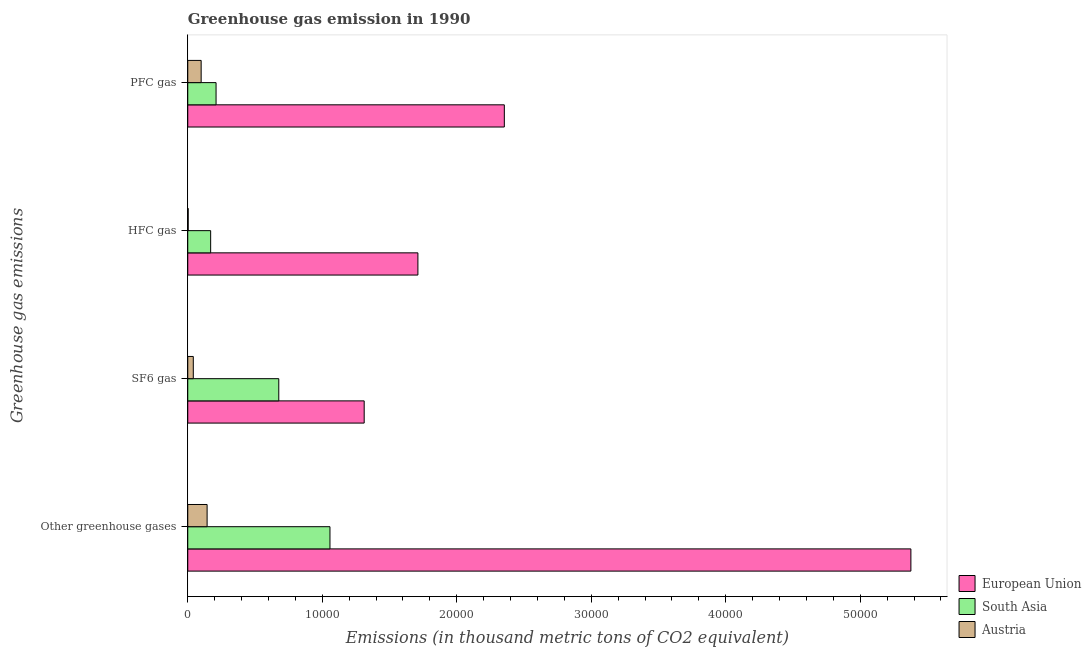
| Greenhouse gas emissions | European Union | South Asia | Austria |
 | --- | --- | --- | --- |
 | Other greenhouse gases | 5.38e+04 | 1.06e+04 | 1.44e+03 |
 | SF6 gas | 1.31e+04 | 6.77e+03 | 411 |
 | HFC gas | 1.71e+04 | 1.7e+03 | 30.9 |
 | PFC gas | 2.35e+04 | 2.1e+03 | 996 |